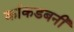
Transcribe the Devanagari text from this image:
कांकडबनी